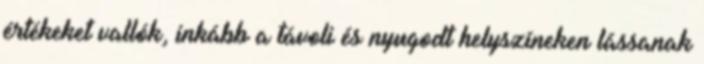
értékeket vallók, inkább a távoli és nyugodt helyszíneken lássanak